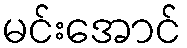
မင်းအောင်